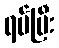
ရပ်ပြီး